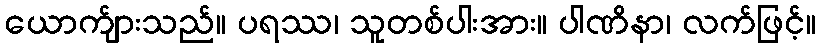
ယောက်ျားသည်။ ပရဿ၊ သူတစ်ပါးအား။ ပါဏိနာ၊ လက်ဖြင့်။